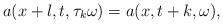
LaTeX: \begin{align*}a(x+l,t,\tau_k\omega) = a(x,t+k,\omega),\end{align*}